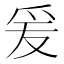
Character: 爰